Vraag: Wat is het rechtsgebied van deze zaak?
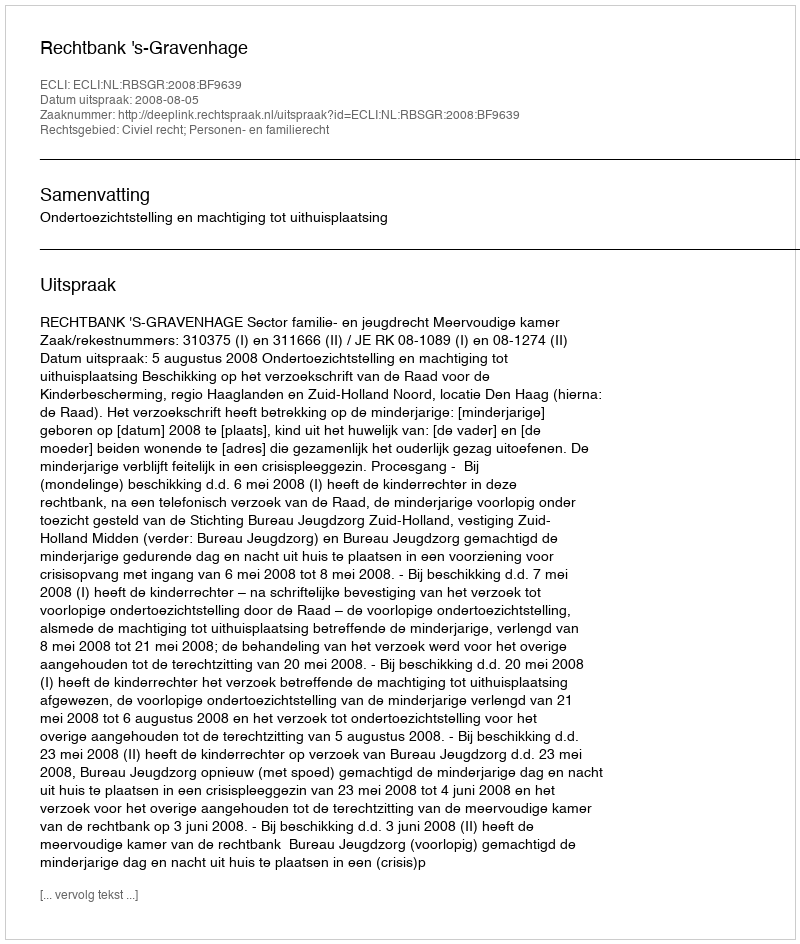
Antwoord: Civiel recht; Personen- en familierecht